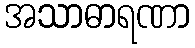
အသာဓာရဏာ